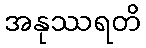
အနုဿရတိ